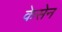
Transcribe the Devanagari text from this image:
केसेन